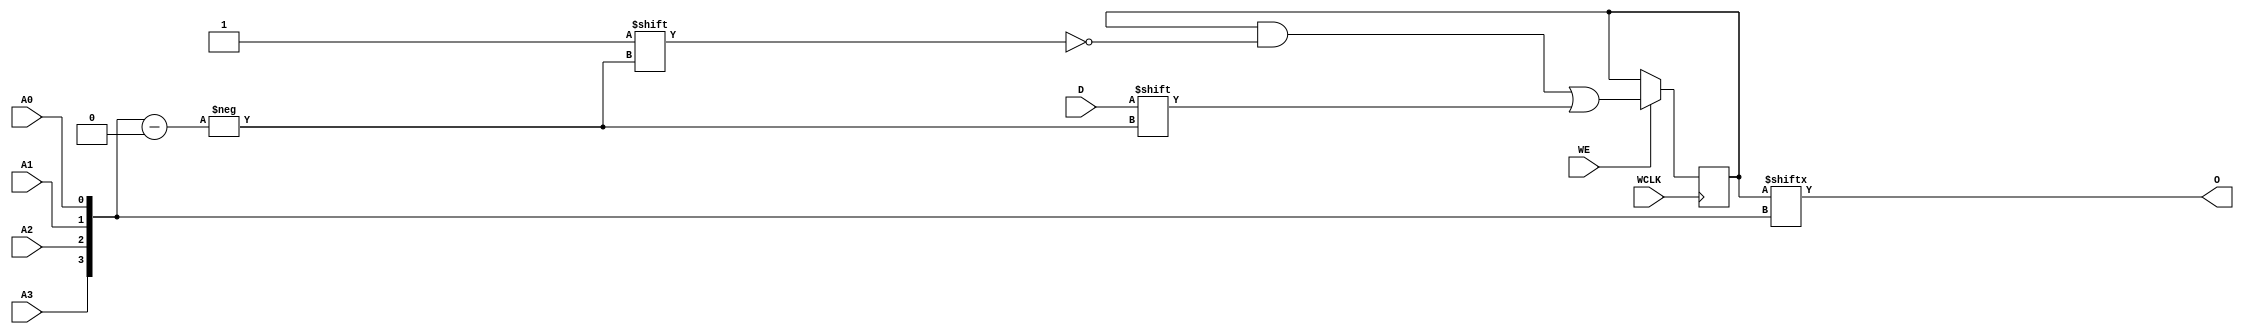
// This program was cloned from: https://github.com/jhshi/openofdm
// License: Apache License 2.0

// $Header: /devl/xcs/repo/env/Databases/CAEInterfaces/verunilibs/data/unisims/RAM16X1S.v,v 1.8 2005/03/14 22:32:58 yanx Exp $
///////////////////////////////////////////////////////////////////////////////
// Copyright (c) 1995/2004 Xilinx, Inc.
// All Right Reserved.
///////////////////////////////////////////////////////////////////////////////
//   ____  ____
//  /   /\/   /
// /___/  \  /    Vendor : Xilinx
// \   \   \/     Version : 10.1
//  \   \         Description : Xilinx Functional Simulation Library Component
//  /   /                  Static Synchronous RAM 16-Deep by 1-Wide
// /___/   /\     Filename : RAM16X1S.v
// \   \  /  \    Timestamp : Thu Mar 25 16:43:33 PST 2004
//  \___\/\___\
//
// Revision:
//    03/23/04 - Initial version.
//    02/04/05 - Rev 0.0.1 Remove input/output bufs; Remove for-loop in initial block;
// End Revision

`timescale  1 ps / 1 ps


module RAM16X1S (O, A0, A1, A2, A3, D, WCLK, WE);

    parameter INIT = 16'h0000;

    output O;

    input  A0, A1, A2, A3, D, WCLK, WE;

    reg  [15:0] mem;
    wire [3:0] adr;

    assign adr = {A3, A2, A1, A0};
    assign O = mem[adr];

    initial
        mem = INIT;

    always @(posedge WCLK)
        if (WE == 1'b1)
            mem[adr] <= #100 D;

endmodule